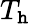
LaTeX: T_{\mathtt{h}}